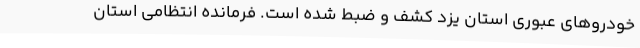
خودروهای عبوری استان یزد کشف و ضبط شده است. فرمانده انتظامی استان